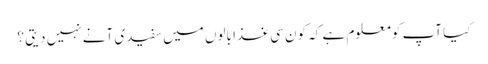
کیا آپ کومعلوم ہے کہ کون سی غذا بالوں میں سفیدی آنے نہیں دیتی ؟